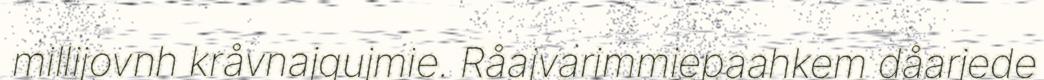
millijovnh kråvnajgujmie. Råajvarimmiepaahkem dåarjede